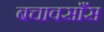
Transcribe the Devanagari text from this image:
बचावसाँस